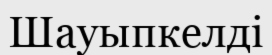
Шауыпкелді